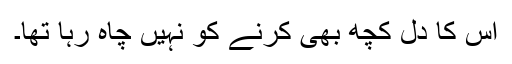
اس کا دل کچھ بھی کرنے کو نہیں چاہ رہا تھا۔